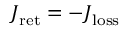
\boldsymbol { J } _ { \mathrm { r e t } } = - \boldsymbol { J } _ { \mathrm { l o s s } }